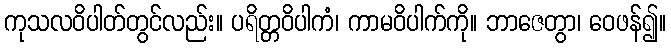
ကုသလဝိပါတ်တွင်လည်း။ ပရိတ္တဝိပါကံ၊ ကာမဝိပါက်ကို။ ဘာဇေတွာ၊ ဝေဖန်၍။